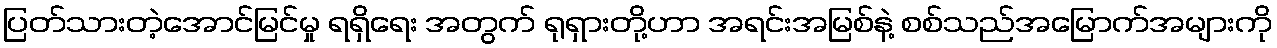
ပြတ်သားတဲ့အောင်မြင်မှု ရရှိရေး အတွက် ရုရှားတို့ဟာ အရင်းအမြစ်နဲ့ စစ်သည်အမြောက်အများကို